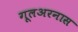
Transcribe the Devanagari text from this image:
गूलअरनास